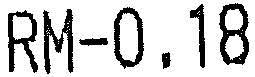
RM-0.18